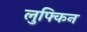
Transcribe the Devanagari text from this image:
लुफ्किन